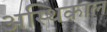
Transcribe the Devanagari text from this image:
अस्थिकाल